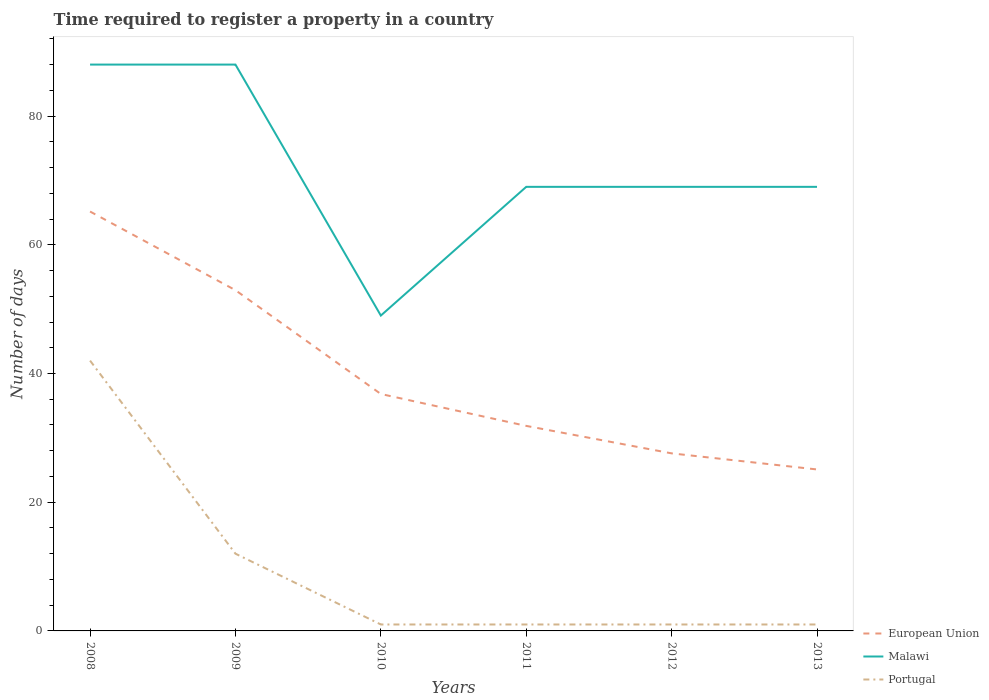
| Years | European Union | Malawi | Portugal |
 | --- | --- | --- | --- |
 | 2008 | 65.2 | 88 | 42 |
 | 2009 | 52.9 | 88 | 12 |
 | 2010 | 36.8 | 49 | 1 |
 | 2011 | 31.9 | 69 | 1 |
 | 2012 | 27.6 | 69 | 1 |
 | 2013 | 25.1 | 69 | 1 |